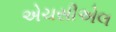
એચસીએલ